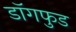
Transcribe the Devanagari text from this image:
डॉगफुड